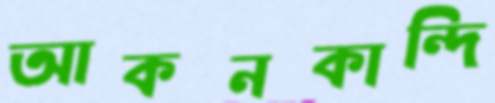
আকনকান্দি